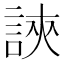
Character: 𧧵